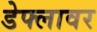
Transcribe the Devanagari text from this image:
डेफ्लावर